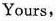
Yours,